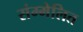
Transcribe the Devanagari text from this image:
संम्मेलित